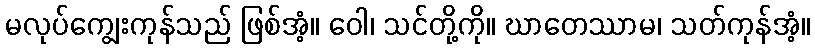
မလုပ်ကျွေးကုန်သည် ဖြစ်အံ့။ ဝေါ၊ သင်တို့ကို။ ဃာတေဿာမ၊ သတ်ကုန်အံ့။